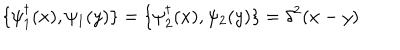
\{ \psi _ { 1 } ^ { \dagger } ( x ) , \psi _ { 1 } ( y ) \} = \{ \psi _ { 2 } ^ { \dagger } ( x ) , \psi _ { 2 } ( y ) \} = \delta ^ { 2 } ( x - y )